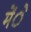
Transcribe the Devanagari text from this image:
मेंे